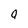
Character: q